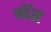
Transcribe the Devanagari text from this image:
बॉद्ध